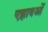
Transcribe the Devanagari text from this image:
एझावओं